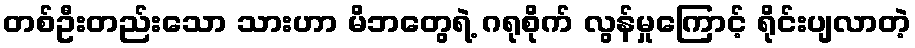
တစ်ဦးတည်းသော သားဟာ မိဘတွေရဲ့ ဂရုစိုက် လွန်မှုကြောင့် ရိုင်းပျလာတဲ့